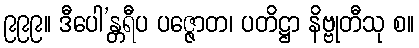
၉၉၉။ ဒီပေါ’န္တရီပ ပဇ္ဇောတ၊ ပတိဋ္ဌာ နိဗ္ဗုတီသု စ။